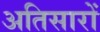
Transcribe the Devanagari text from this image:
अतिसारों